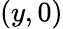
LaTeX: (y,0)